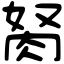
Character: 胬